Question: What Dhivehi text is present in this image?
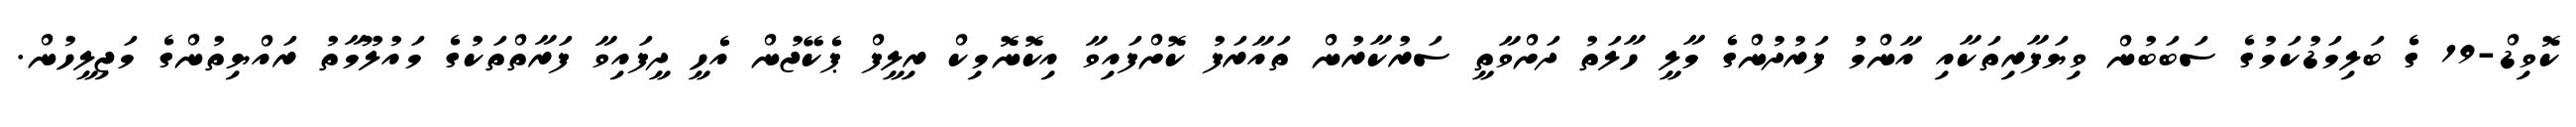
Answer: ކޮވިޑް-19 ގެ ބަލިމަޑުކަމުގެ ސަބަބުން ވިޔަފާރިތަކާއި އާންމު ފަރުދުންގެ މާލީ ހާލަތު ދަށްވާތީ ސަރުކާރުން ތައާރަފު ކޮށްފައިވާ އިކޮނޮމިކް ރިލީފް ޕެކޭޖުން އެހީ ދީފައިވާ ފަރާތްތަކުގެ މައުލޫމާތު ރައްޔިތުންގެ މަޖިލީހުން.